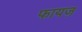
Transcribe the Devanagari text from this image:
फायज़